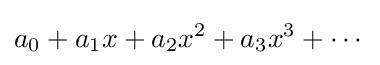
a_{0}+a_{1}x+a_{2}x^{2}+a_{3}x^{3}+\cdots